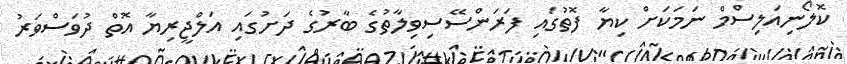
ކޮލޯނިއަލިސްމް ނަމަކަށް ކިޔާ ފޮތުގައި ފަރަންސޭސިވިލާތުގެ ބާރުގެ ދަށުގައި އަލްޖީރިޔާ އޮތް ދުވަސްވަރު